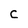
Character: C